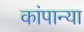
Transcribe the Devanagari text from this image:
कांपान्या